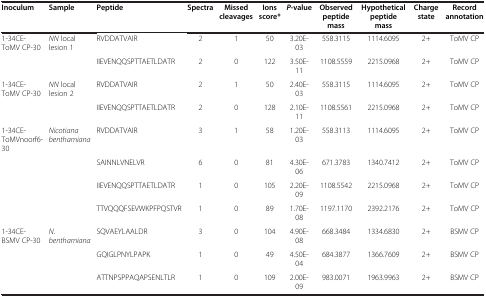
| Inoculum | Sample | Peptide | Spectra | Missed cleavages | Ions score* | P-value | Observed peptide mass | Hypothetical peptide mass | Charge state | Record annotation |
 | --- | --- | --- | --- | --- | --- | --- | --- | --- | --- | --- |
 | 1-34CE-ToMV CP-30 | NN local lesion 1 | RVDDATVAIR | 2 | 1 | 50 | 3.20E-03 | 558.3115 | 1114.6095 | 2+ | ToMV CP |
 |  |  | IIEVENQQSPTTAETLDATR | 2 | 0 | 122 | 3.50E-11 | 1108.5559 | 2215.0968 | 2+ | ToMV CP |
 | 1-34CE-ToMV CP-30 | NN local lesion 2 | RVDDATVAIR | 2 | 1 | 50 | 2.40E-03 | 558.3115 | 1114.6095 | 2+ | ToMV CP |
 |  |  | IIEVENQQSPTTAETLDATR | 2 | 0 | 128 | 2.10E-11 | 1108.5561 | 2215.0968 | 2+ | ToMV CP |
 | 1-34CE-ToMVnoorf6-30 | Nicotiana benthamiana | RVDDATVAIR | 3 | 1 | 58 | 1.20E-03 | 558.3113 | 1114.6095 | 2+ | ToMV CP |
 |  |  | SAINNLVNELVR | 6 | 0 | 81 | 4.30E-06 | 671.3783 | 1340.7412 | 2+ | ToMV CP |
 |  |  | IIEVENQQSPTTAETLDATR | 1 | 0 | 105 | 2.20E-09 | 1108.5542 | 2215.0968 | 2+ | ToMV CP |
 |  |  | TTVQQQFSEVWKPFPQSTVR | 1 | 0 | 89 | 1.70E-08 | 1197.1170 | 2392.2176 | 2+ | ToMV CP |
 | 1-34CE-BSMV CP-30 | N. benthamiana | SQVAEYLAALDR | 3 | 0 | 104 | 4.90E-08 | 668.3484 | 1334.6830 | 2+ | BSMV CP |
 |  |  | GQIGLPNYLPAPK | 1 | 0 | 49 | 4.50E-04 | 684.3877 | 1366.7609 | 2+ | BSMV CP |
 |  |  | ATTNPSPPAQAPSENLTLR | 1 | 0 | 109 | 2.00E-09 | 983.0071 | 1963.9963 | 2+ | BSMV CP |